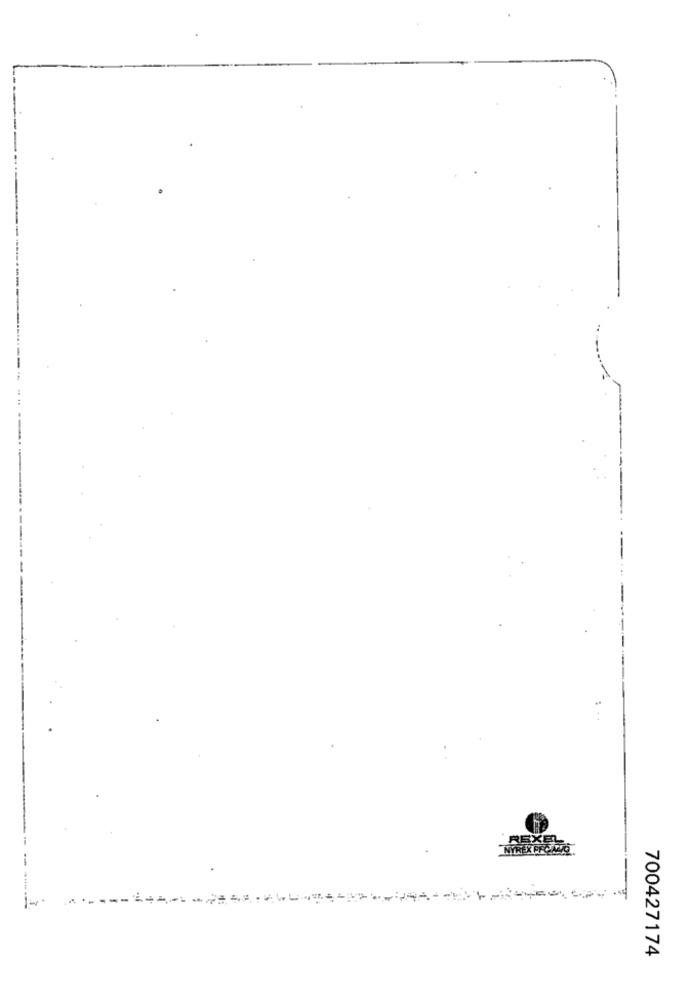
:
NYREX PFCINTO
700427174